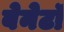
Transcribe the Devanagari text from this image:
बेनेटॉ